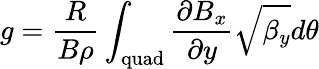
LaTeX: g=\frac{R}{B\rho}\int_{\mathrm{quad}}\frac{\partial B_{x}}{\partial y}\sqrt{\beta_{y}}d\theta